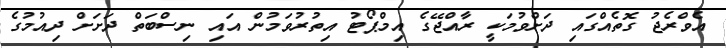
އެވްރެޖު ގޮތެއްގައި ދަށްވުމަކީ ރާއްޖޭގެ އިމްޕޯޓު އިތުރުވަމުން އައި ނިސްބަތް ދަށަށް ދިއުމުގެ